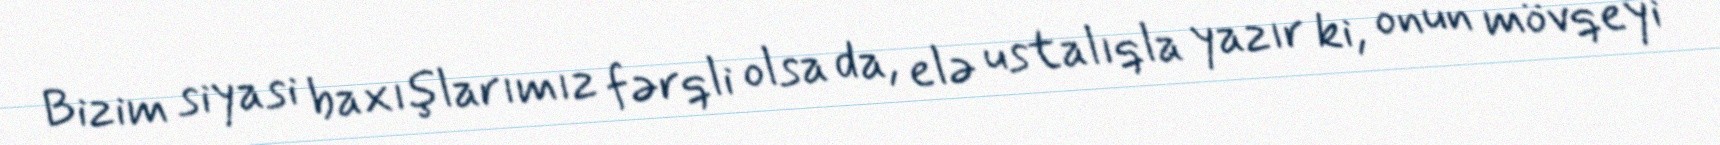
Bizim siyasi baxışlarımız fərqli olsa da, elə ustalıqla yazır ki, onun mövqeyi